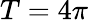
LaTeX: T=4\pi